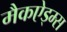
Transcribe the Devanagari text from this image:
मैकऐड्म्स